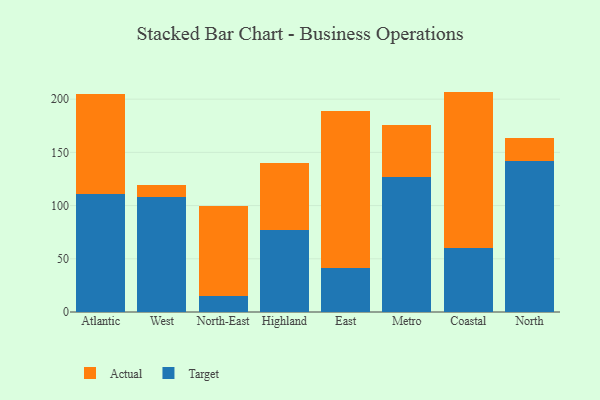
{"axis": {"x": "Region", "y": "Page Views"}, "legend": ["Actual", "Target"], "data": [{"x": "Atlantic", "y": 111.0, "type": "Target"}, {"x": "Atlantic", "y": 93.4, "type": "Actual"}, {"x": "West", "y": 107.6, "type": "Target"}, {"x": "West", "y": 12.2, "type": "Actual"}, {"x": "North-East", "y": 15.0, "type": "Target"}, {"x": "North-East", "y": 85.0, "type": "Actual"}, {"x": "Highland", "y": 77.4, "type": "Target"}, {"x": "Highland", "y": 62.6, "type": "Actual"}, {"x": "East", "y": 40.9, "type": "Target"}, {"x": "East", "y": 147.9, "type": "Actual"}, {"x": "Metro", "y": 126.8, "type": "Target"}, {"x": "Metro", "y": 48.7, "type": "Actual"}, {"x": "Coastal", "y": 60.4, "type": "Target"}, {"x": "Coastal", "y": 146.7, "type": "Actual"}, {"x": "North", "y": 142.3, "type": "Target"}, {"x": "North", "y": 21.1, "type": "Actual"}]}